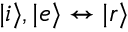
\vert i \rangle , \vert e \rangle \leftrightarrow \vert r \rangle